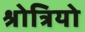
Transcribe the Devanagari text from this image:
श्रोत्रियो